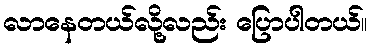
လာနေတယ်လို့လည်း ပြောပါတယ်။